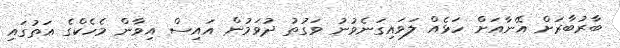
ބާރުބާރަށް އޭނާއަށް ހަޅެއް ލަވައިގަނެވުނު ވަގުތު ދުވަމުން އައިސް އިވާން މެހެކްގެ އަތުގައި